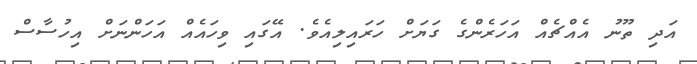
އަދި ތޫނު އެއްޗެއް އަހަރެންގެ ގަޔަށް ހަރައިލިއެވެ. އޭގައި ވިހައެއް އަހަންނަށް އިހުސާސް